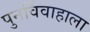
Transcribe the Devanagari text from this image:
पुनर्विवाहाला